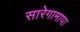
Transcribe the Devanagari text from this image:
सारेगामापा